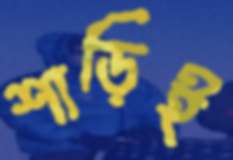
শাড়িই